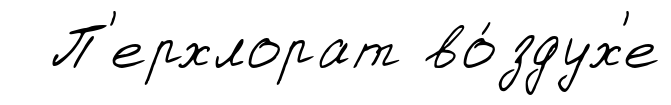
П'ерхлорат во́здух'е